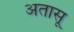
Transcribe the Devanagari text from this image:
अतासू